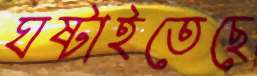
ঘষ্‌টাইতেছে